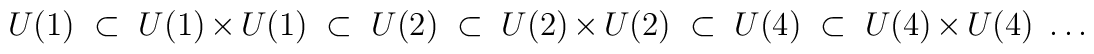
U(1)\ \subset\ U(1)\times U(1)\ \subset\ U(2)\ \subset\ U(2)\times U(2)\ \subset\ U(4)\ \subset\ U(4)\times U(4)\ \ldots